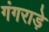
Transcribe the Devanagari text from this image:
गंगराड़े